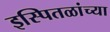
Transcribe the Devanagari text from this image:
इस्पितळांच्या